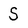
Character: S